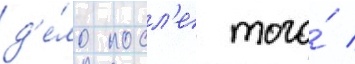
д'е́ло посл'е того́ /